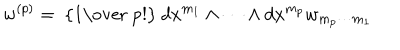
w ^ { ( p ) } = \mathrm { ~ { \frac { 1 } { ~ p ! } } ~ } d x ^ { m _ { 1 } } \wedge \cdots \wedge d x ^ { m _ { p } } w _ { m _ { p } \cdots m _ { 1 } }